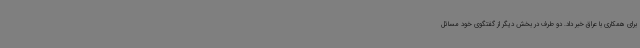
برای همکاری با عراق خبر داد. دو طرف در بخش دیگر از گفتگوی خود مسائل